Civil Veterinary Dept. North-West Frontier Province 1901-22 - 1901-1922
Year: 1901
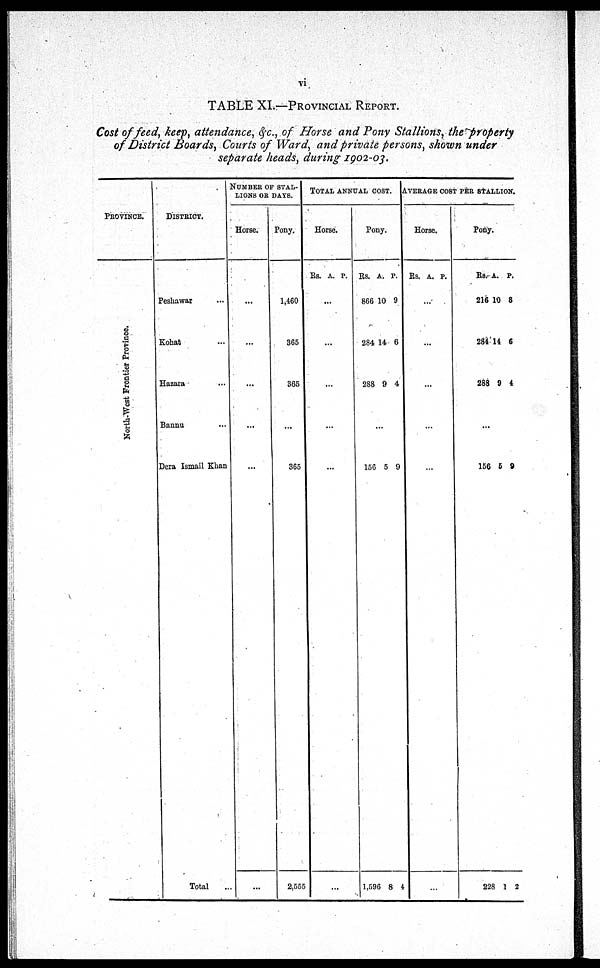
vi
TABLE XI.—PROVINCIAL REPORT.
Cost of feed, keep, attendance, &c., of Horse and Pony Stallions, the property
of District Boards, Courts of Ward, and private persons, shown under
separate heads, during 1902-03.
PROVINCE.
North-West Frontier Pr ovi nce.
DISTRICT.
Peshawar ...
Kohat ...
Hazara ...
Bannu ...
Dera Ismail Khan
Total ...
NUMBER OF STAL-
LIONS OR DAYS.
Horse.
...
...
...
...
...
...
Pony.
1,460
365
365
...
365
2,555
TOTAL
ANNUAL
COST.
Horse.
Rs. A. P.
...
...
...
...
...
...
Pony.
Rs.
866
284
288
A.
10
14
9
P.
9
6
4
...
156
1,596
5
8
9
4
AVERAGE COST PER STALLION.
Horse.
Rs. A. P.
...
...
...
...
...
...
Pony.
Rs.
216
284
288
A.
10
14
9
P.
8
6
4
...
156
228
5
1
9
2